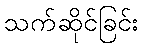
သက်ဆိုင်ခြင်း